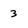
Character: 3